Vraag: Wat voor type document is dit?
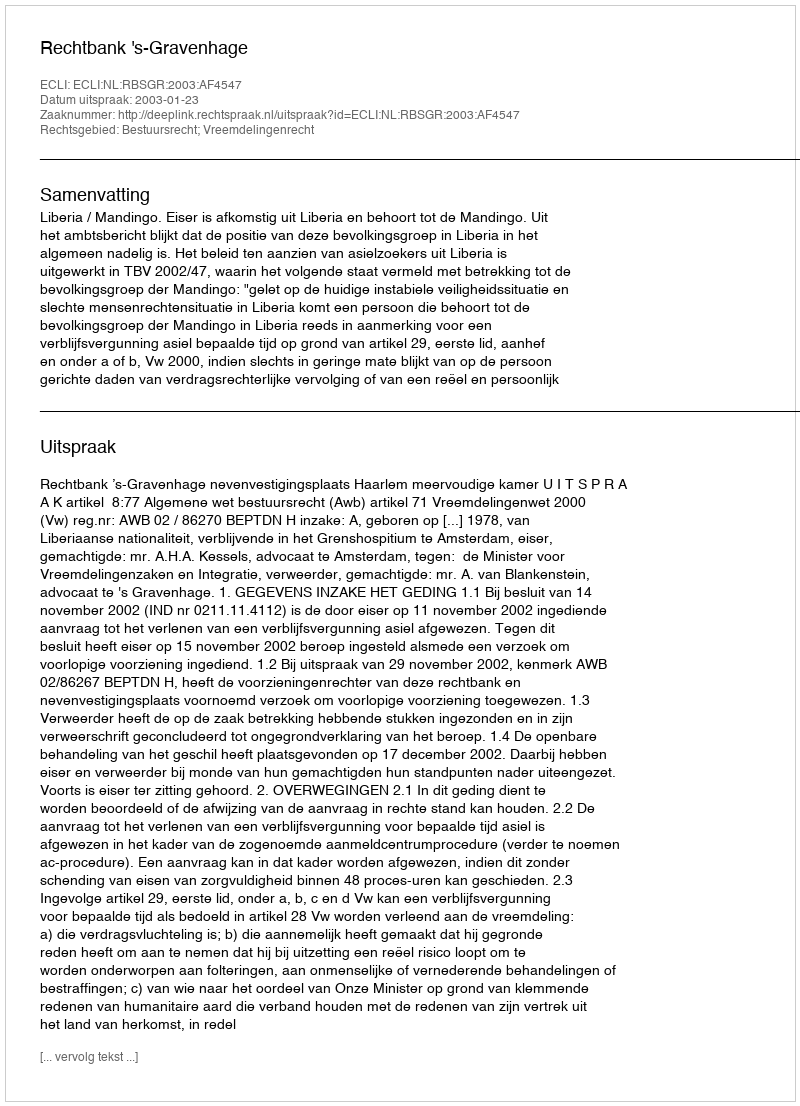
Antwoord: Uitspraak